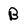
Character: B